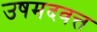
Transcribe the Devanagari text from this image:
उषमदवत्त